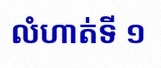
លំហាត់ទី ១